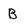
Character: B